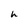
Character: h